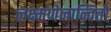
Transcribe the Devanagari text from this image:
लक्ष्मणेनान्वितो